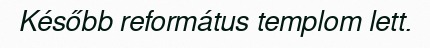
Később református templom lett.